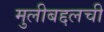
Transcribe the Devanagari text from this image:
मुलीबद्दलची